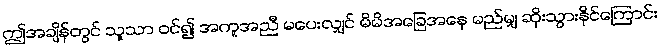
ဤအချိန်တွင် သူသာ ဝင်၍ အကူအညီ မပေးလျှင် မိမိအခြေအနေ မည်မျှ ဆိုးသွားနိုင်ကြောင်း